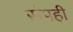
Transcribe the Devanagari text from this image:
संपही